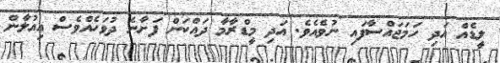
ލީޑެއް އަދި ހަމަޖައްސާފައި ނުވެއެވެ. އަދި މީޑްރާމާ ދައްކަން ފަށާނެ ދުވަހެއްވެސް އިއުލާން